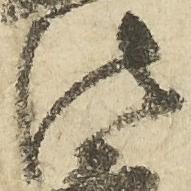
法